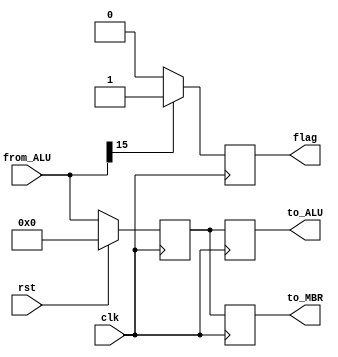
module ACC(
input clk,
input rst,     //rst=1
input [15:0]from_ALU,
output reg [15:0]to_MBR,
output reg [15:0]to_ALU,
output reg flag
    );
reg [15:0] accumulator;
always@ (posedge clk)
begin
    begin
        if(rst==1) accumulator<=0;
        else accumulator<=from_ALU;
    end
    begin
        if(from_ALU[15]==1) flag<=1;
        else flag<=0;       
    end
    to_MBR<=accumulator;
    to_ALU<=accumulator;
end
endmodule